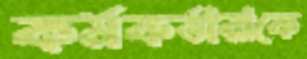
কর্মকর্তারাকে